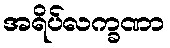
အရိပ်လက္ခဏာ